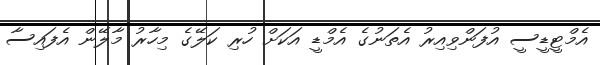
އެމްޓީޑީސީ އުފަންވިއިރު އެތަނުގެ އެމްޑީ އަކަށް ހުރި ކަލޭގެ މިހާރު މާލޭން އެފައިސާ